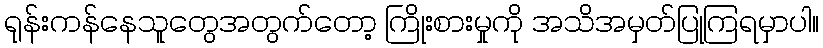
ရုန်းကန်နေသူတွေအတွက်တော့ ကြိုးစားမှုကို အသိအမှတ်ပြုကြရမှာပါ။